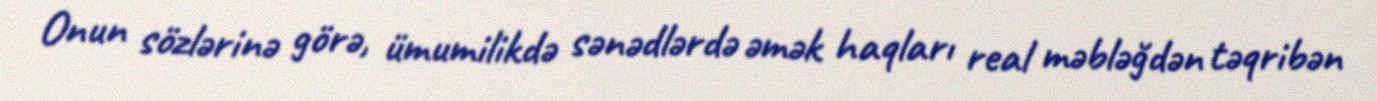
Onun sözlərinə görə, ümumilikdə sənədlərdə əmək haqları real məbləğdən təqribən